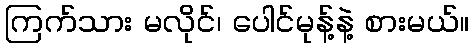
ကြက်သား မလိုင်၊ ပေါင်မုန့်နဲ့ စားမယ်။